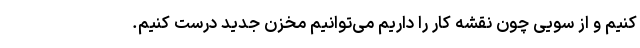
کنیم و از سویی چون نقشه کار را داریم می‌توانیم مخزن جدید درست کنیم.